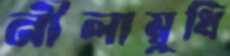
নীলাম্বুধি